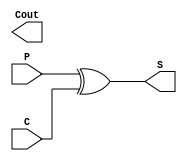
`timescale 1ns / 1ps

module adder1(
    input P,
    input C,
    output S,
    output Cout
    );
    
    assign S = P ^ C; 
    
endmodule